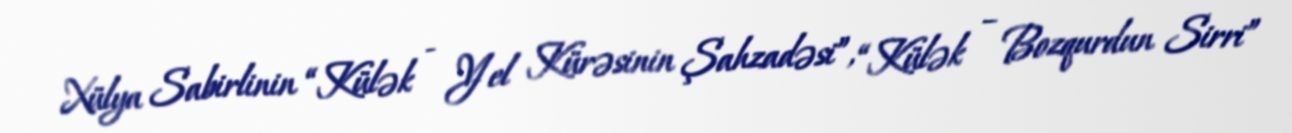
Xülya Sabirlinin “Külək - Yel Kürəsinin Şahzadəsi”, “Külək – Bozqurdun Sirri”